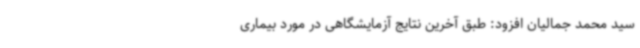
سید محمد جمالیان افزود: طبق آخرین نتایج آزمایشگاهی در مورد بیماری